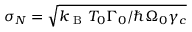
\sigma _ { N } = \sqrt { k _ { \mathrm { ~ B ~ } } T _ { 0 } \Gamma _ { 0 } / \hbar \Omega _ { 0 } \gamma _ { c } }